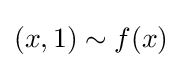
(x,1)\sim f(x)